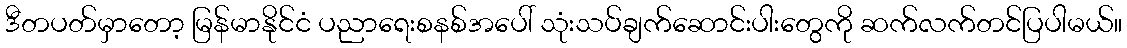
ဒီတပတ်မှာတော့ မြန်မာနိုင်ငံ ပညာရေးစနစ်အပေါ် သုံးသပ်ချက်ဆောင်းပါးတွေကို ဆက်လက်တင်ပြပါမယ်။